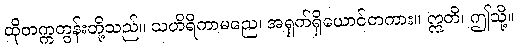
ထိုတက္ကတွန်းတို့သည်။ သဟိရိကာမညေ၊ အရှက်ရှိယောင်တကား။ ဣတိ၊ ဤသို့။